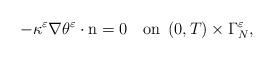
LaTeX: \begin{align*}-\kappa^{\varepsilon}\nabla\theta^{\varepsilon}\cdot\mbox{n}=0\quad\mbox{on}\;\left(0,T\right)\times\Gamma_{N}^{\varepsilon},\end{align*}